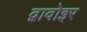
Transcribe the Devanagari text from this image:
द्वावोइर